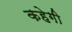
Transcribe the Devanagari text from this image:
कहेगी